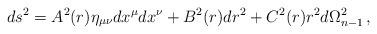
LaTeX: \begin{align*}ds^2=A^2(r)\eta_{\mu\nu}dx^\mu dx^\nu+B^2(r)dr^2+C^2(r)r^2d\Omega^2_{n-1}\, ,\end{align*}